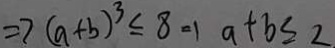
\Rightarrow ( a + b ) ^ { 3 } \leq 8 = 1 a + b \leq 2